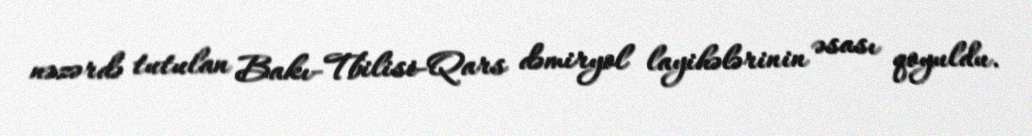
nəzərdə tutulan Bakı-Tbilisi-Qars dəmiryol layihələrinin əsası qoyuldu.